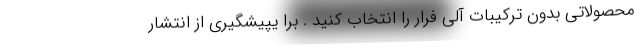
محصولاتی بدون ترکیبات آلی فرار را انتخاب کنید . برا یپیشگیری از انتشار